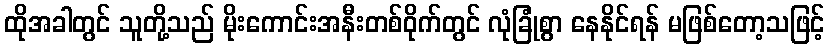
ထိုအခါတွင် သူတို့သည် မိုးကောင်းအနီးတစ်ဝိုက်တွင် လုံခြုံစွာ နေနိုင်ရန် မဖြစ်တော့သဖြင့်